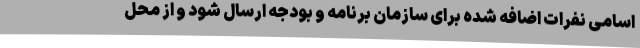
اسامی نفرات اضافه شده برای سازمان برنامه و بودجه ارسال شود و از محل